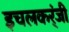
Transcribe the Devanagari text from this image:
इचलकर्ंजी